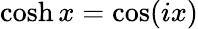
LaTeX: \cosh x=\cos(ix)